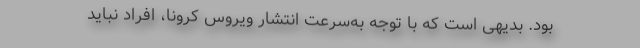
بود. بدیهی است که با توجه به‌سرعت انتشار ویروس کرونا، افراد نباید